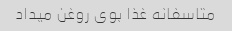
متاسفانه غذا بوی روغن میداد